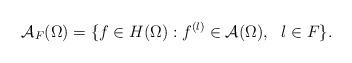
LaTeX: \begin{align*}\mathcal{A}_{F}(\Omega)=\{f\in H(\Omega): f^{(l)}\in \mathcal{A}(\Omega), \ \ l \in F\}.\end{align*}